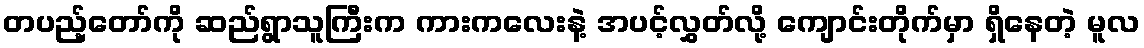
တပည့်တော်ကို ဆည်ရွာသူကြီးက ကားကလေးနဲ့ အပင့်လွှတ်လို့ ကျောင်းတိုက်မှာ ရှိနေတဲ့ မူလ